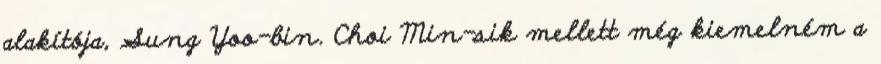
alakítója, Sung Yoo-bin. Choi Min-sik mellett még kiemelném a